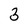
Character: 3